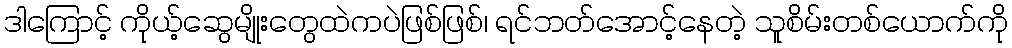
ဒါကြောင့် ကိုယ့်ဆွေမျိုးတွေထဲကပဲဖြစ်ဖြစ်၊ ရင်ဘတ်အောင့်နေတဲ့ သူစိမ်းတစ်ယောက်ကို